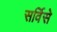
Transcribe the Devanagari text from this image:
सर्विसे